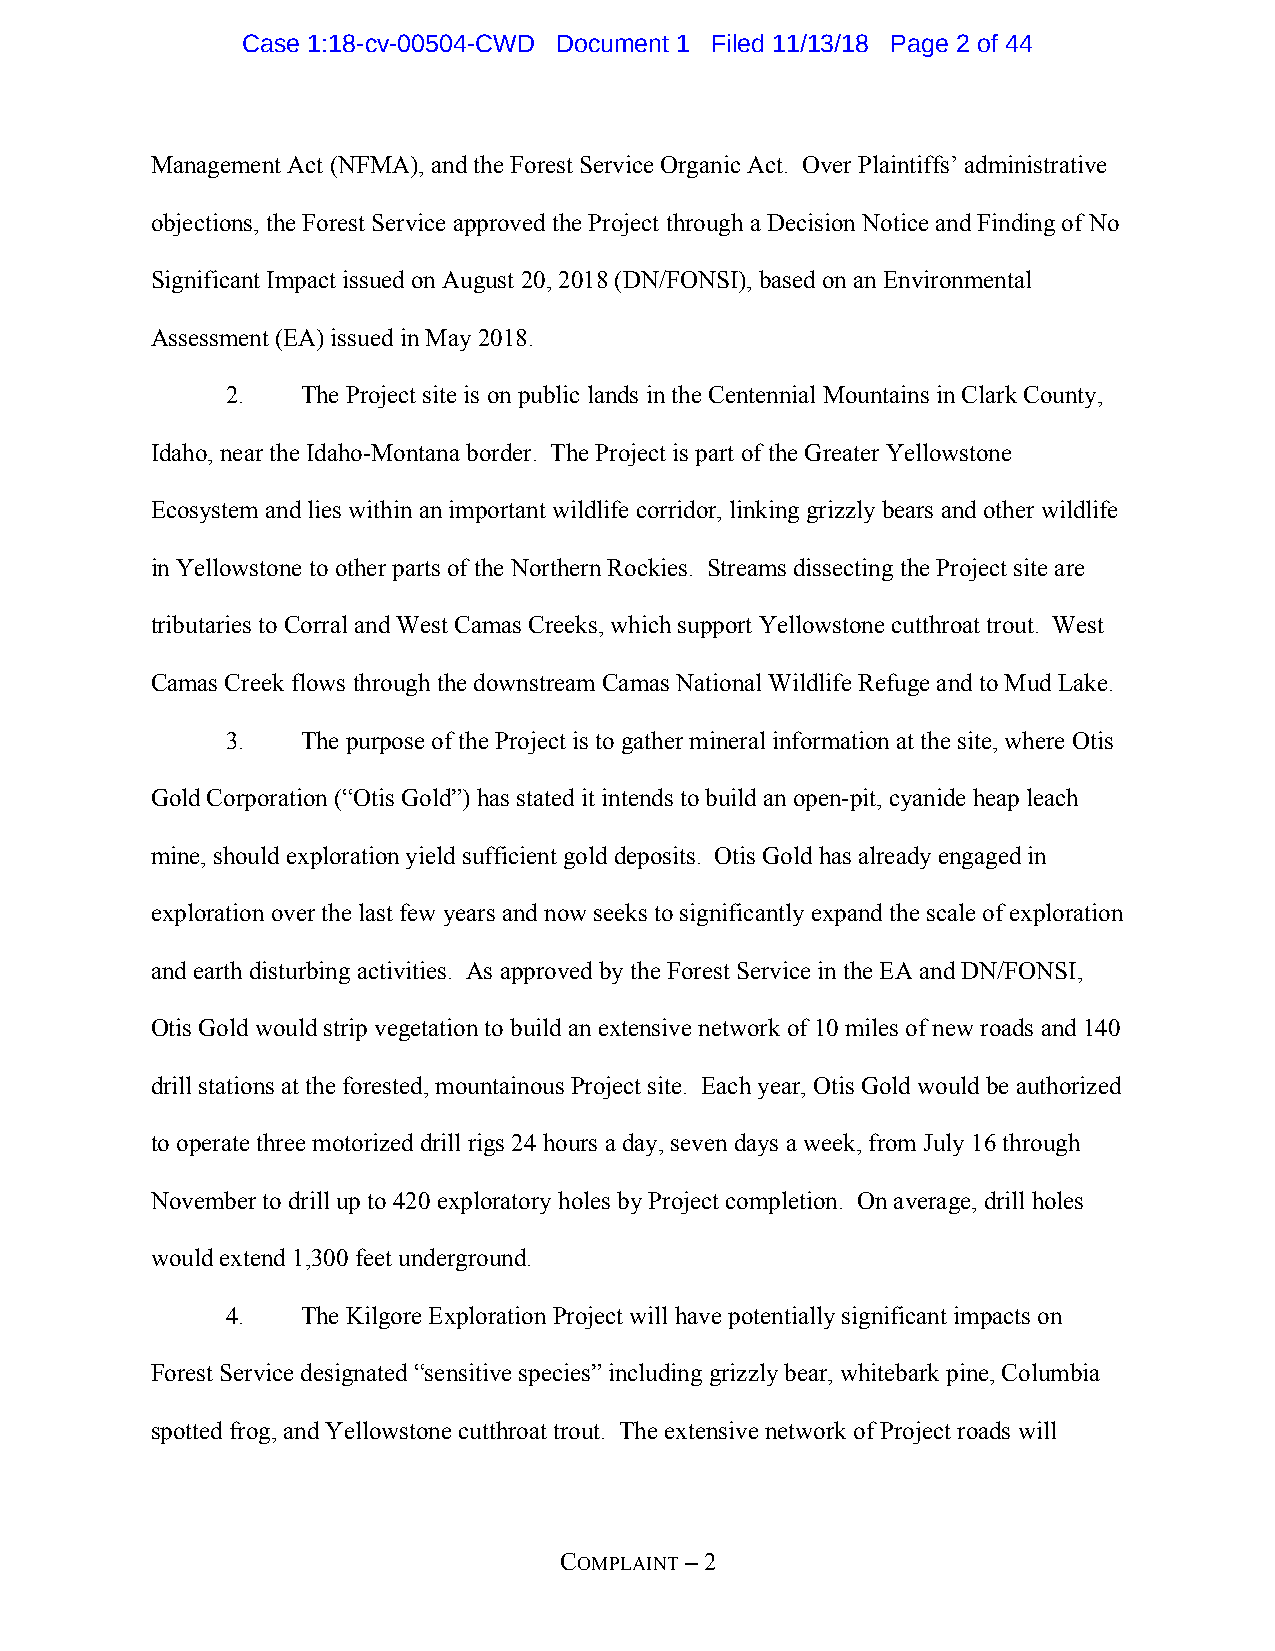
Case 1:18-cv-00504-CWD Document 1 Filed 11/13/18 Page 2 of 44
 Management Act (NFMA), and the Forest Service Organic Act. Over Plaintiffs’ administrative
 objections, the Forest Service approved the Project through a Decision Notice and Finding of No
 Significant Impact issued on August 20, 2018 (DN/FONSI), based on an Environmental
 Assessment (EA) issued in May 2018.
 2.   The Project site is on public lands in the Centennial Mountains in Clark County,
 Idaho, near the Idaho-Montana border. The Project is part of the Greater Yellowstone
 Ecosystem and lies within an important wildlife corridor, linking grizzly bears and other wildlife
 in Yellowstone to other parts of the Northern Rockies. Streams dissecting the Project site are
 tributaries to Corral and West Camas Creeks, which support Yellowstone cutthroat trout. West
 Camas Creek flows through the downstream Camas National Wildlife Refuge and to Mud Lake.
 3.   The purpose of the Project is to gather mineral information at the site, where Otis
 Gold Corporation (“Otis Gold”) has stated it intends to build an open-pit, cyanide heap leach
 mine, should exploration yield sufficient gold deposits. Otis Gold has already engaged in
 exploration over the last few years and now seeks to significantly expand the scale of exploration
 and earth disturbing activities. As approved by the Forest Service in the EA and DN/FONSI,
 Otis Gold would strip vegetation to build an extensive network of 10 miles of new roads and 140
 drill stations at the forested, mountainous Project site. Each year, Otis Gold would be authorized
 to operate three motorized drill rigs 24 hours a day, seven days a week, from July 16 through
 November to drill up to 420 exploratory holes by Project completion. On average, drill holes
 would extend 1,300 feet underground.
 4.   The Kilgore Exploration Project will have potentially significant impacts on
 Forest Service designated “sensitive species” including grizzly bear, whitebark pine, Columbia
 spotted frog, and Yellowstone cutthroat trout. The extensive network of Project roads will
 COMPLAINT – 2